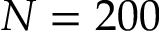
N = 2 0 0